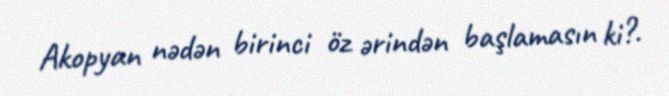
Akopyan nədən birinci öz ərindən başlamasın ki?.